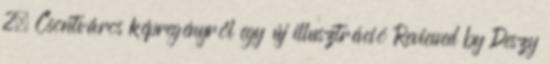
2. Csontváros képregényről egy új illusztráció Reviewed by Deszy